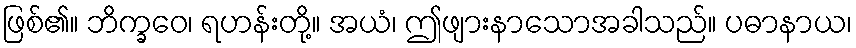
ဖြစ်၏။ ဘိက္ခဝေ၊ ရဟန်းတို့။ အယံ၊ ဤဖျားနာသောအခါသည်။ ပဓာနာယ၊